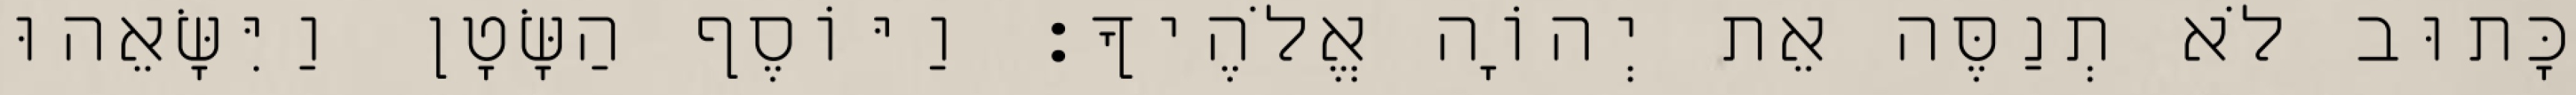
כָּתוּב לֹא תְנַסֶּה אֵת יְהוָֹה אֱלֹהֶיךָ׃ וַיּוֹסֶף הַשָּׂטָן וַיִּשָּׂאֵהוּ